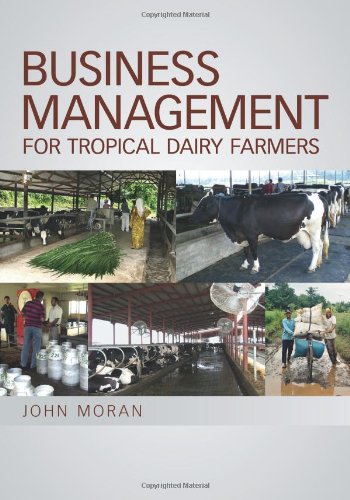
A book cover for Business Management for Tropical Dairy Farmers (Landlinks Press); John Moran; Science & Math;